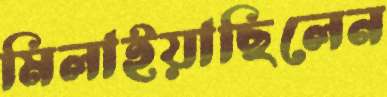
মিলাইয়াছিলেন